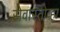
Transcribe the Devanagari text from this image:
सेवास्तोव्हा